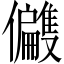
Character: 𫤑